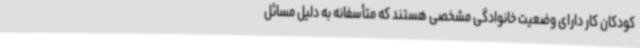
کودکان کار دارای وضعیت خانوادگی مشخصی هستند که متأسفانه به دلیل مسائل